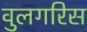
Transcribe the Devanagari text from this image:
वुलगरिस